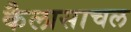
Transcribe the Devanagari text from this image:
कैलासाचल